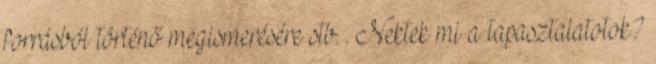
forrásból történő megismerésére stb. . Nektek mi a tapasztalatotok?